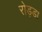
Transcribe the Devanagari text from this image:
रोड्डा